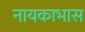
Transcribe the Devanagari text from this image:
नायकाभास